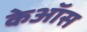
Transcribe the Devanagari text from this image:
केऑस